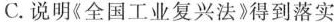
C.说明《全国工业复兴法》得到落实